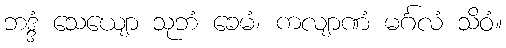
ဘဒ္ဒံ သေယျော သုဘံ ခေမံ၊ ကလျာဏံ မင်္ဂလံ သိဝံ။